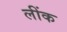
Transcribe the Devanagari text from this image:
लींक